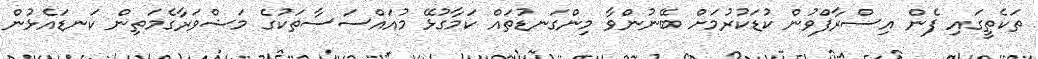
ތަކެތީގައި ފެން އިސްރާފްވުން ކުޑަކުރުމަށް ބޭނުންވާ މިންގަނޑުތައް ކަމާގުޅޭ މުއައްސަސާތަކުގެ މަޝްވަރާގެމަތިން ކަނޑައެޅުން